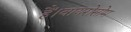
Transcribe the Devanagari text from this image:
हैं।वायरोसोम